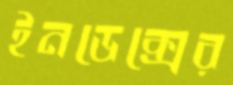
ইনডেক্সের